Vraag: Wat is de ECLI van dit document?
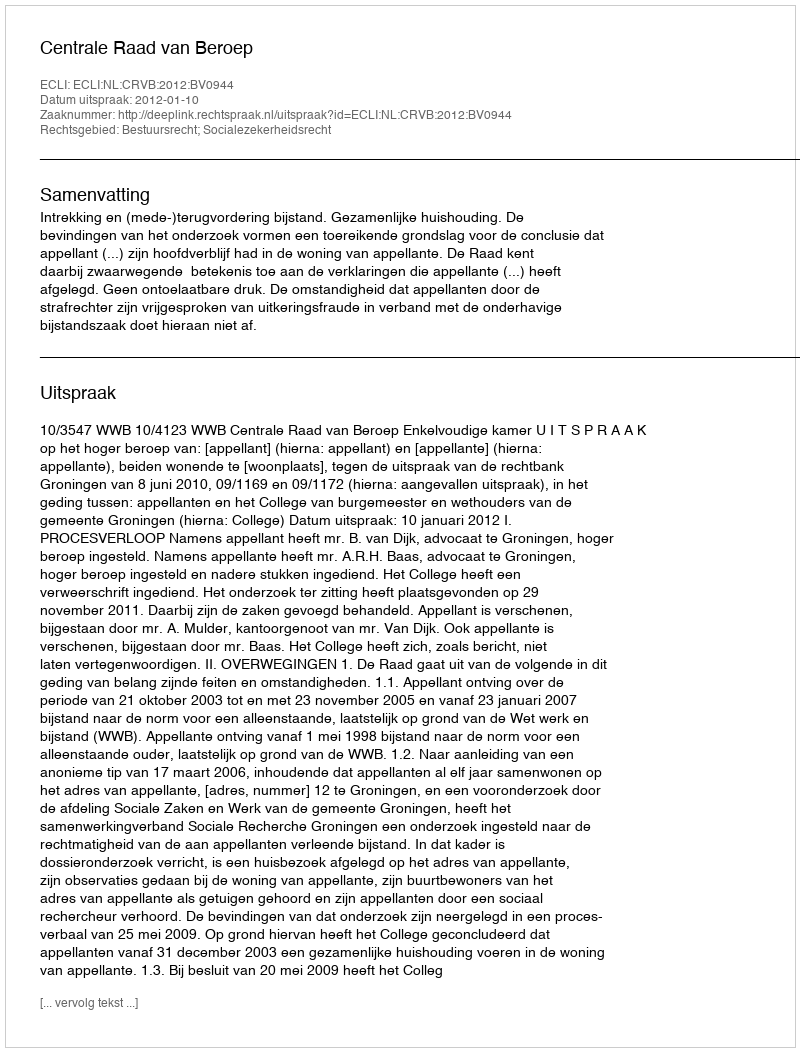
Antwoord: ECLI:NL:CRVB:2012:BV0944